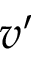
v ^ { \prime }